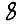
Digit: 8